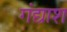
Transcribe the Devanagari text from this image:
गंद्याश